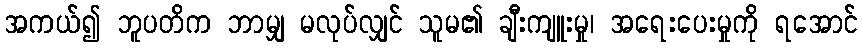
အကယ်၍ ဘူပတိက ဘာမျှ မလုပ်လျှင် သူမ၏ ချီးကျူးမှု၊ အရေးပေးမှုကို ရအောင်